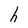
Character: h